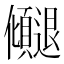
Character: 𫤓